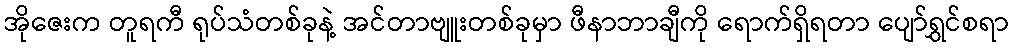
အိုဇေးက တူရကီ ရုပ်သံတစ်ခုနဲ့ အင်တာဗျူးတစ်ခုမှာ ဖီနာဘာချီကို ရောက်ရှိရတာ ပျော်ရွှင်စရာ